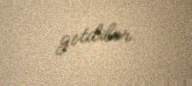
getdilər.